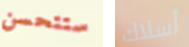
ستتحسن أسلاك